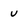
Character: u